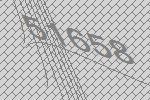
51658